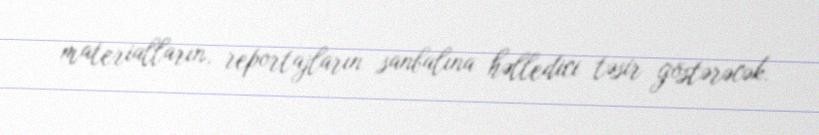
materialların, reportajların sanbalına həlledici təsir göstərəcək.